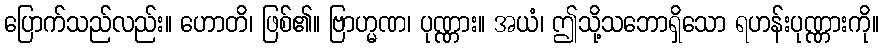
ပြောက်သည်လည်း။ ဟောတိ၊ ဖြစ်၏။ ဗြာဟ္မဏ၊ ပုဏ္ဏား။ အယံ၊ ဤသို့သဘောရှိသော ရဟန်းပုဏ္ဏားကို။